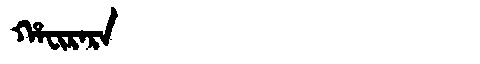
Manchu: ᡥᠠᠸᡳᡵᠠᡵᠠ
Romanization: HAFIRARA